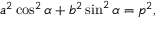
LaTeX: a ^ { 2 } \cos ^ { 2 } \alpha + b ^ { 2 } \sin ^ { 2 } \alpha = p ^ { 2 } ,